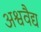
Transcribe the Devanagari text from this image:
अश्ववैद्य